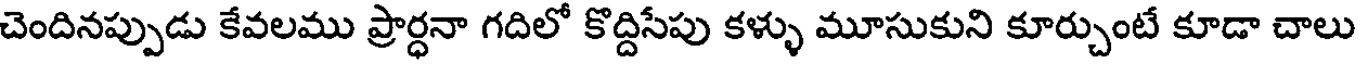
చెందినప్పుడు కేవలము ప్రార్ధనా గదిలో కొద్దిసేపు కళ్ళు మూసుకుని కూర్చుంటే కూడా చాలు